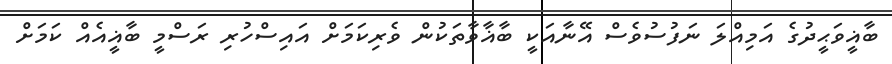
ބާޣީވަޙީދުގެ އަމިއްލަ ނަފުސުވެސް އޭނާއަކީ ބާޣާވާތަކުން ވެރިކަމަށް އައިސްހުރި ރަސްމީ ބާޣީއެއް ކަމަށް